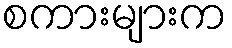
စကားများက